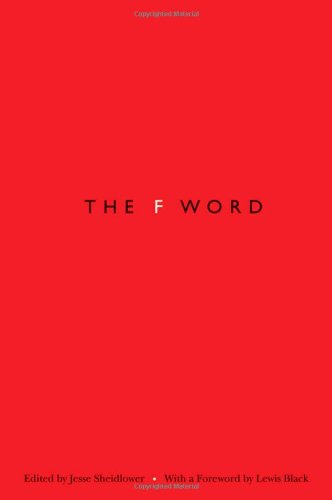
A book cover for The F-Word; Reference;